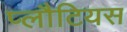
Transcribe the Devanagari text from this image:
प्लौटियस